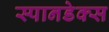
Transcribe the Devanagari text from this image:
स्पानडेक्स